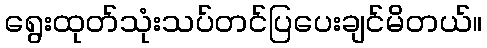
ရွေးထုတ်သုံးသပ်တင်ပြပေးချင်မိတယ်။